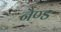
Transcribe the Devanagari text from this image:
नैण्ड